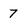
Character: 7